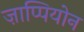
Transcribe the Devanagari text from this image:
ज़ाप्पियोन